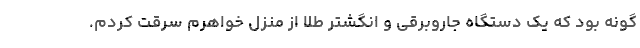
گونه بود که یک دستگاه جاروبرقی و انگشتر طلا از منزل خواهرم سرقت کردم.